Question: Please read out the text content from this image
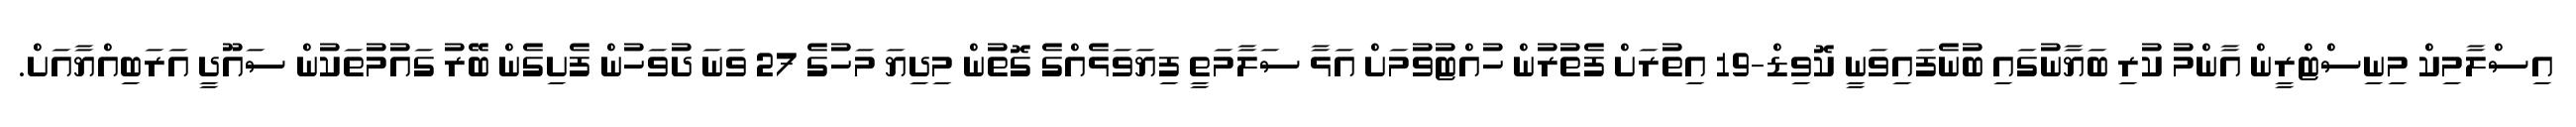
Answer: އިސްލާމިކް މިނިސްޓްރީން އާންމު ކުރި ބަޔާނުގައި ބުނެފައިވަނީ ކޮވިޑް-19 އިތުރަށް ފެތުރުން ހުއްޓުވުމަށް އަޅާ ސަލާމަތީ ފިޔަވަޅެއްގެ ގޮތުން މިދިޔަ މަހުގެ 27 ވަނަ ދުވަހުން ފެށިގެން ބޭރު ގައުމުތަކުން ސައޫދީ އަރަބިއްޔާއަށް.